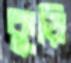
কুড়ি